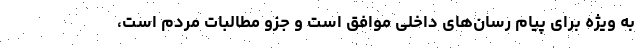
به ویژه برای پیام رسان‌های داخلی موافق است و جزو مطالبات مردم است،